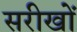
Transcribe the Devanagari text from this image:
सरीखों